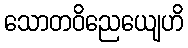
သောတဝိညေယျေဟိ